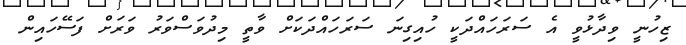
ޒިހުނީ ވިދާޅުވީ އެ ސަރަހައްދަކީ ހުއިގިނަ ސަރަހައްދަކަށް ވާތީ މިދުވަސްވަރު ވަރަށް ފަސޭހައިން